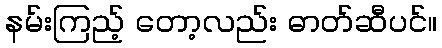
နမ်းကြည့် တော့လည်း ဓာတ်ဆီပင်။